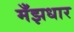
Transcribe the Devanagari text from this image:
मँझधार